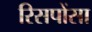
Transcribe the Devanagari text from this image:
रिसपोंसा